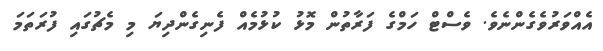
އެއްވަރުވެގެންނެވެ. ވެސްޓް ހަމްގެ ފަރާތުން މޮޅު ކުޅުމެއް ފެނިގެންދިޔަ މި މެޗުގައި ފުރަތަމަ